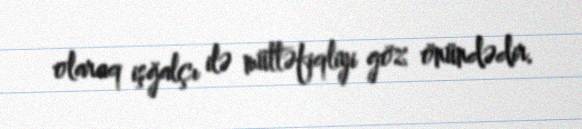
olaraq işğalçı ilə müttəfiqliyi göz önündədir.